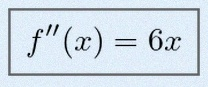
f''(x)=6x